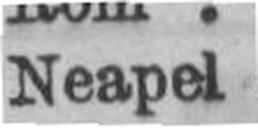
Neapel